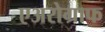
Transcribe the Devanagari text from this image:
एअरोग्राफ